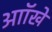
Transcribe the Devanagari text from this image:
आॉखे